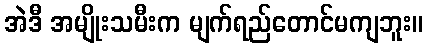
အဲဒီ အမျိုးသမီးက မျက်ရည်တောင်မကျဘူး။